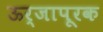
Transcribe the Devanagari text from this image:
ऊर्जापूरक